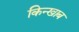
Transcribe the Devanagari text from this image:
किन्खाब